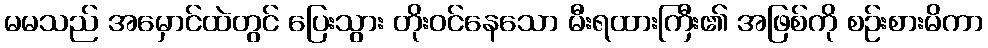
မမသည် အမှောင်ထဲတွင် ပြေးသွား တိုးဝင်နေသော မီးရထားကြီး၏ အဖြစ်ကို စဉ်းစားမိကာ